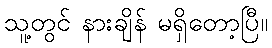
သူ့တွင် နားချိန် မရှိတော့ပြီ။